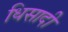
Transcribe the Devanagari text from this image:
धिसादी